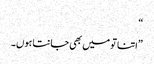
“
”اتنا تو میں بھی جانتا ہوں۔